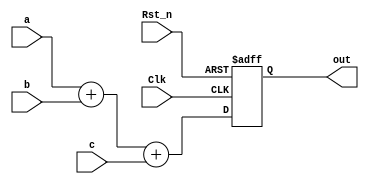
`timescale 1ns/1ns
`define tp 1
module block_nonblock(Clk,Rst_n,a,b,c,out);

	input Clk;
	input Rst_n;
	input a,b,c;
	output reg [1:0]out;
	
	//out = a + b + c;
	
	//d = a+b;
	//out = d + c;
	
	reg [1:0] d;
	
	always@(posedge Clk or negedge Rst_n)
	if(!Rst_n)
		out <= 2'b0;
	else begin
		out <= a + b + c;
	end
	
endmodule